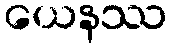
ယေနဿ